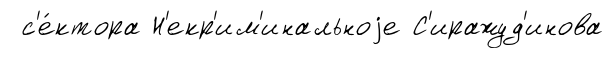
с'е́ктора Н'екр'им'инальноjе С'иражуд'инова